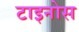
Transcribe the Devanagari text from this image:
टाइनोस